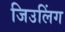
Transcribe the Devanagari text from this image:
जिउलिंग